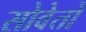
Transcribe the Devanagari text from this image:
सोवेतो